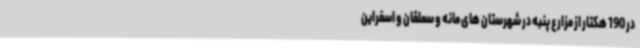
در 190 هکتار از مزارع پنبه در شهرستان های مانه و سملقان و اسفراین